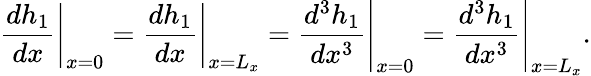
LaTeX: \left.\frac{dh_{1}}{dx}\right|_{x=0}=\left.\frac{dh_{1}}{dx}\right|_{x=L_{x}}=\left.\frac{d^{3}h_{1}}{dx^{3}}\right|_{x=0}=\left.\frac{d^{3}h_{1}}{dx^{3}}\right|_{x=L_{x}}.